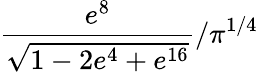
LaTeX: \frac{e^{8}}{\sqrt{1-2e^{4}+e^{16}}}/\pi^{1/4}